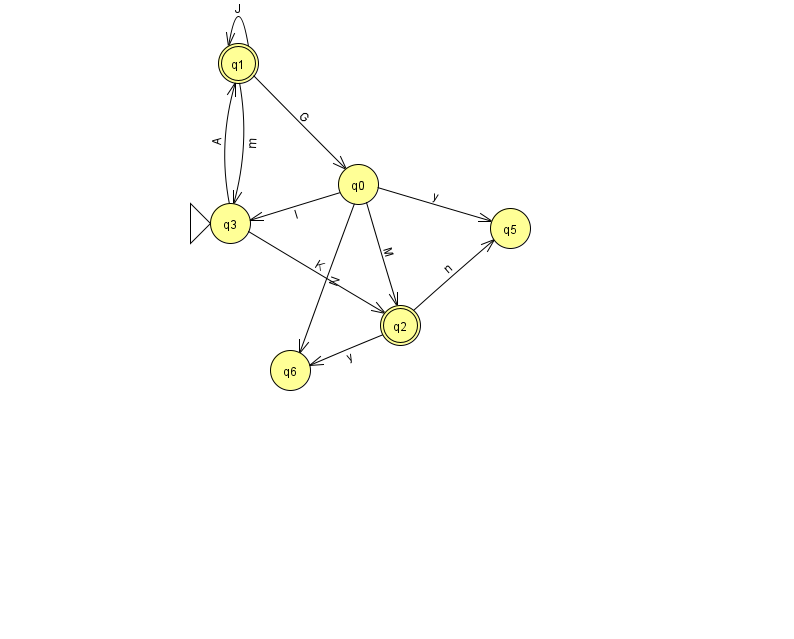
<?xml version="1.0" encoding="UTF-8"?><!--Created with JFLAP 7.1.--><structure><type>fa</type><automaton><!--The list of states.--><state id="0" name="q0"><x>358.0</x><y>171.0</y></state><state id="1" name="q1"><x>238.0</x><y>50.0</y><final/></state><state id="2" name="q2"><x>400.0</x><y>312.0</y><final/></state><state id="3" name="q3"><x>230.0</x><y>210.0</y><initial/></state><state id="5" name="q5"><x>510.0</x><y>215.0</y></state><state id="6" name="q6"><x>290.0</x><y>357.0</y></state><!--The list of transitions.--><transition><from>1</from><to>3</to><read>m</read></transition><transition><from>1</from><to>0</to><read>G</read></transition><transition><from>2</from><to>5</to><read>n</read></transition><transition><from>3</from><to>2</to><read>K</read></transition><transition><from>0</from><to>3</to><read>l</read></transition><transition><from>0</from><to>5</to><read>y</read></transition><transition><from>1</from><to>1</to><read>J</read></transition><transition><from>2</from><to>6</to><read>y</read></transition><transition><from>0</from><to>2</to><read>M</read></transition><transition><from>0</from><to>6</to><read>N</read></transition><transition><from>3</from><to>1</to><read>A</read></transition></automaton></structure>